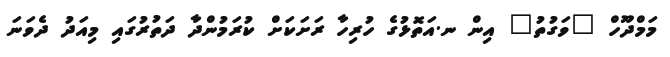
މަމްދޫހް "ވަގުތު" އިން ނ.އަތޮޅުގެ ހުރިހާ ރަށަކަށް ކުރަމުންދާ ދަތުރުގައި މިއަދު ދެވަނަ